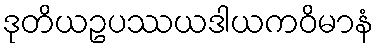
ဒုတိယဥပဿယဒါယကဝိမာနံ